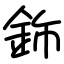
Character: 鉓